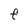
Character: F